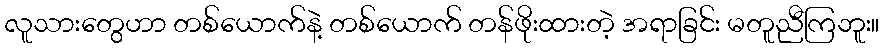
လူသားတွေဟာ တစ်ယောက်နဲ့ တစ်ယောက် တန်ဖိုးထားတဲ့ အရာခြင်း မတူညီကြဘူး။